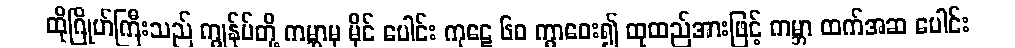
ထိုဂြိုဟ်ကြီးသည် ကျွန်ုပ်တို့ ကမ္ဘာမှ မိုင် ပေါင်း ကုဋေ ၆၀ ကွာဝေး၍ ထုထည်အားဖြင့် ကမ္ဘာ ထက်အဆ ပေါင်း